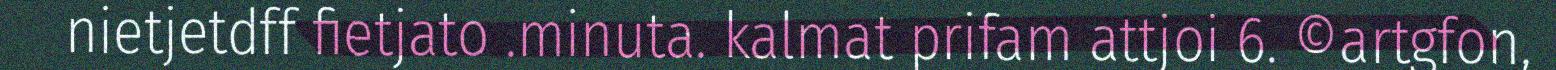
nietjetdff fietjato .minuta. kalmat prifam attjoi 6. ©artgfon,